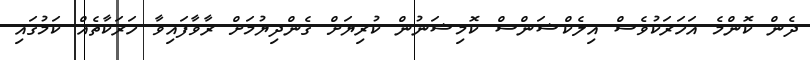
ދެން ކޮންމެ އަހަރަކުވެސް އިލެކްޝަންސް ކޮމިޝަނުން ކުރިޔަށް ގެންދިޔުމަށް ރާވާފައިވާ ހަރަކާތެއް ކަމުގައި